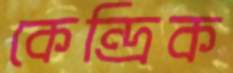
কেন্দ্রিক